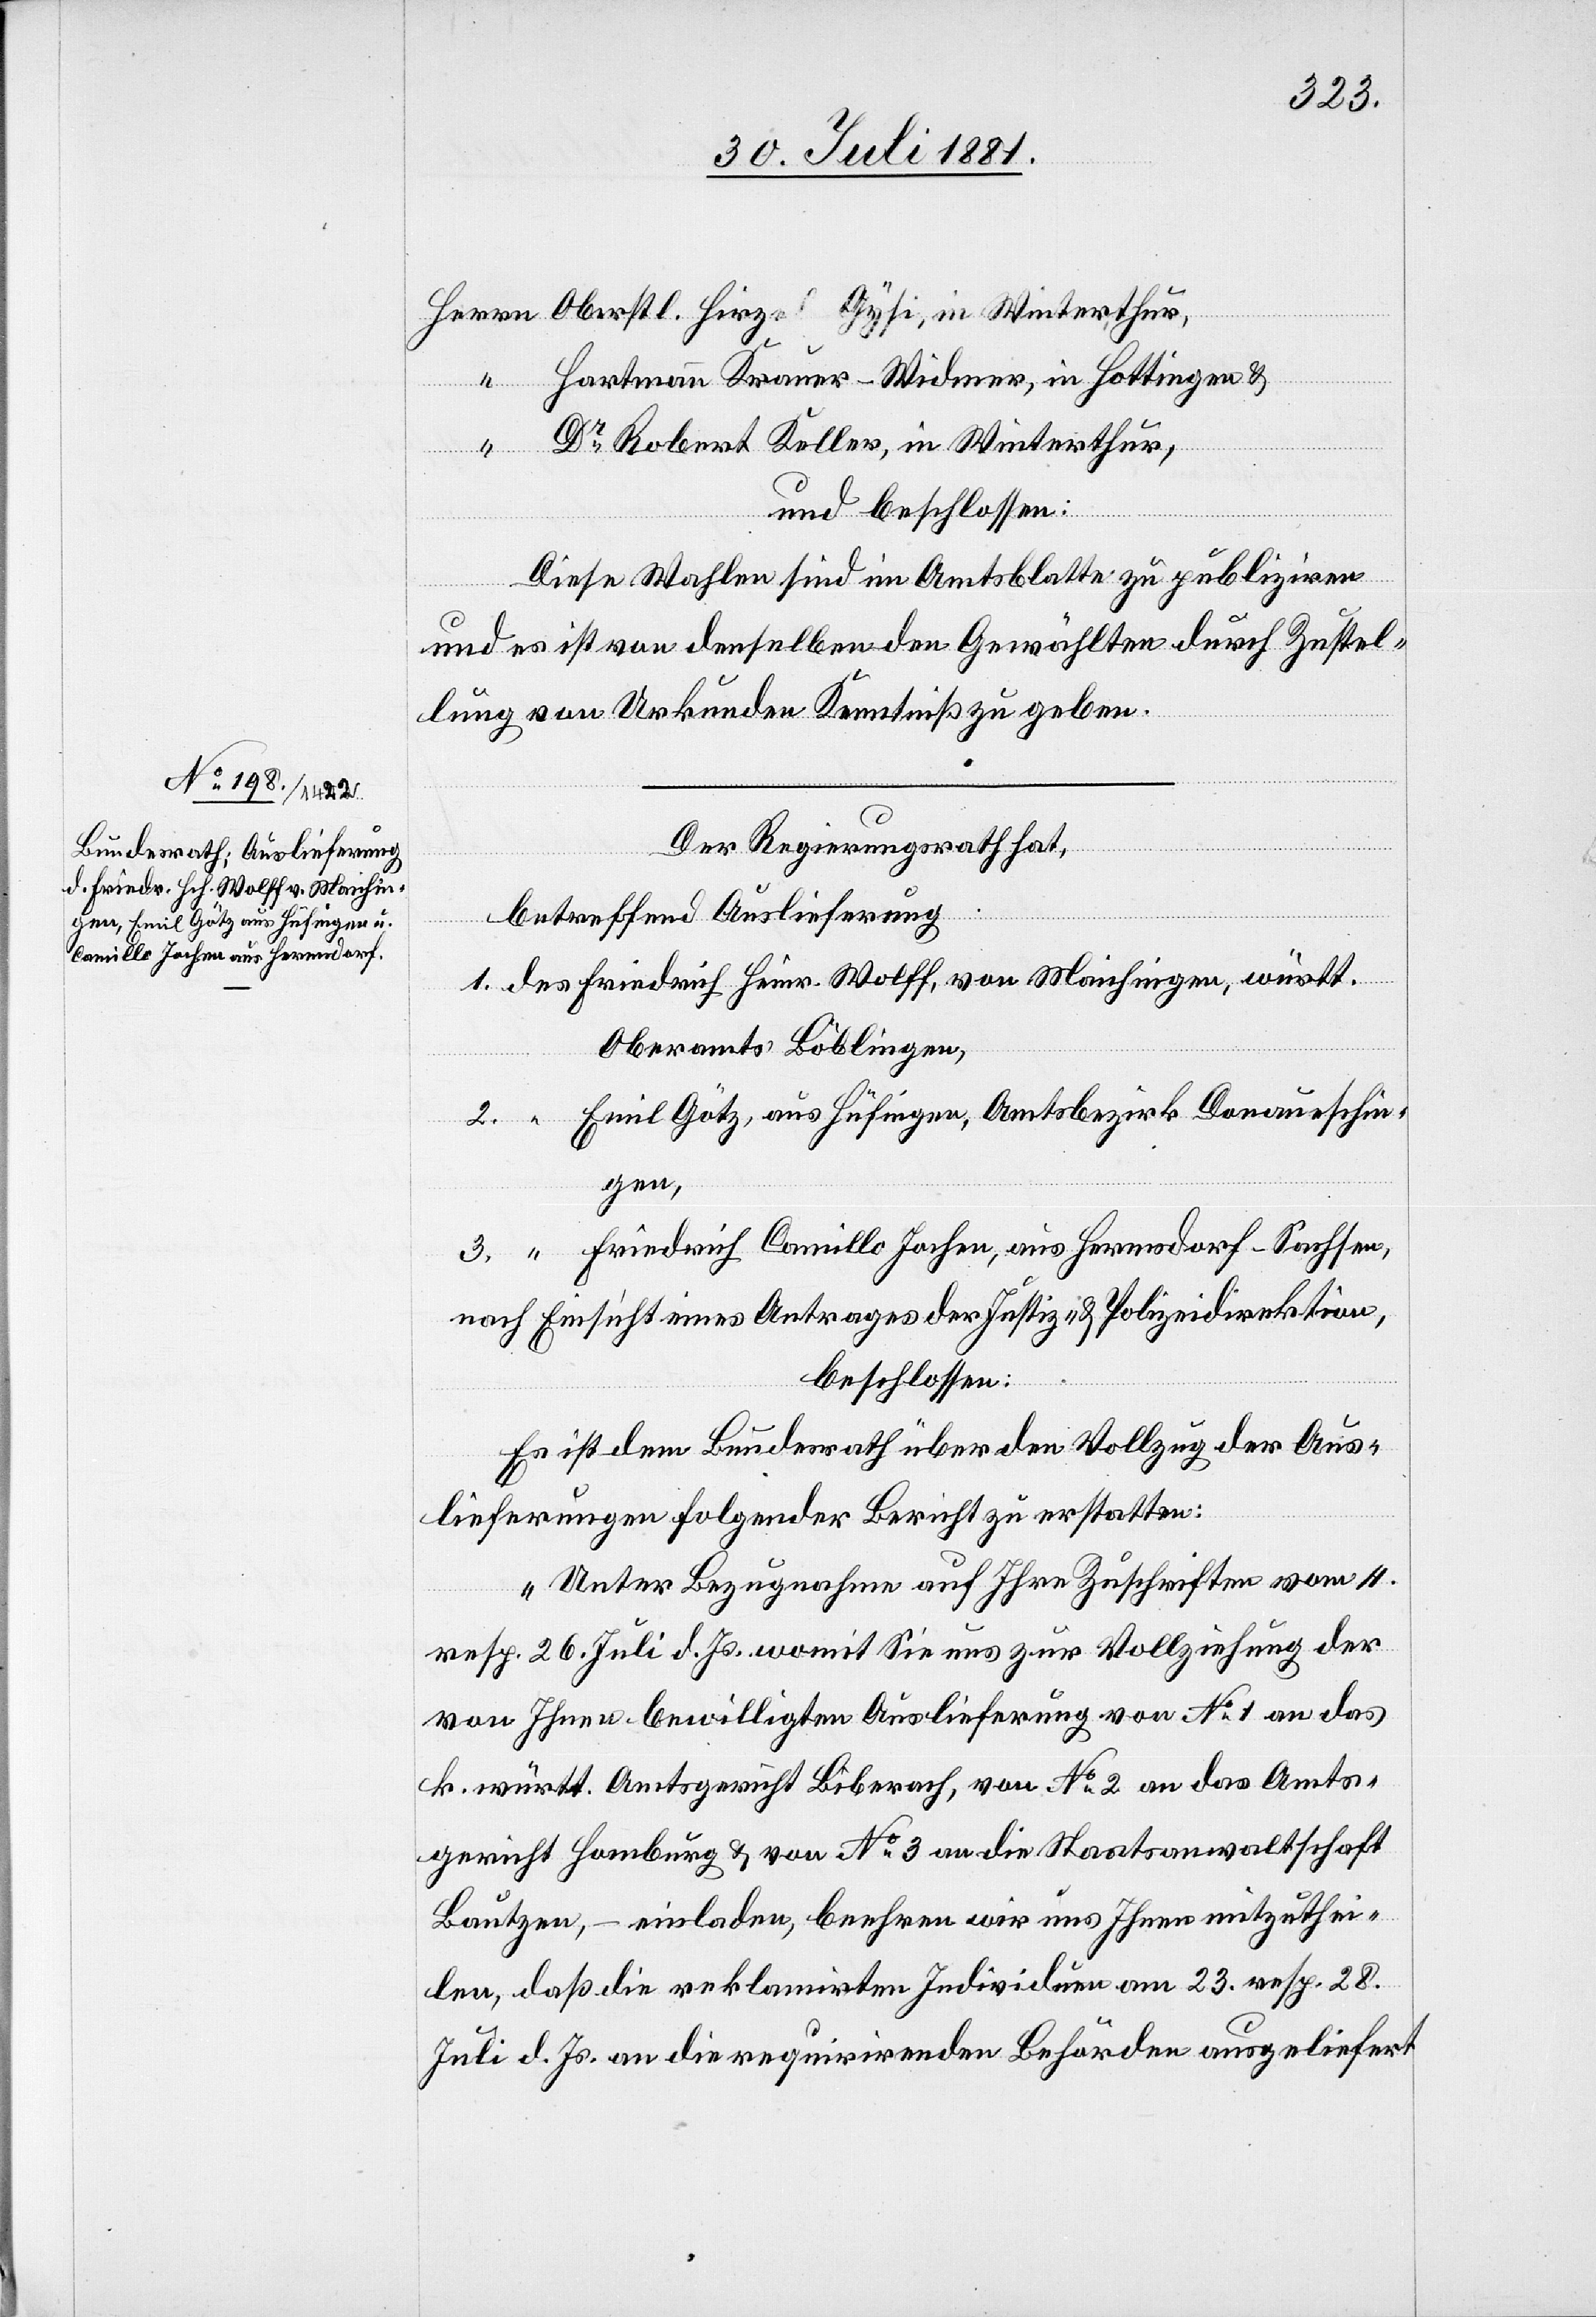
Hartmann Krauer-Widmer, in Hottingen &
Dr Robert Keller, in Winterthur,
und beschlossen:
Diese Wahlen sind im Amtsblatte zu publiziren
und es ist von denselben den Gewählten durch Zustel¬
lung von Urkunden Kenntniß zu geben.
Der Regierungsrath hat,
betreffend Auslieferung
Oberamtes Böblingen,
Emil Götz, aus Hüfingen, Amtsbezirk Donaueschin¬
württ.
gen,
Friedrich Camillo Jochen, aus Hermsdorf - Sachsen,
nach Einsicht eines Antrages der Justiz- & Polizeidirektion,
beschlossen:
Es ist dem Bundesrath über den Vollzug der Aus¬
lieferungen folgender Bericht zu erstatten:
„Unter Bezugnahme auf Ihre Zuschriften vom 4.
resp. 26. Juli d. Js. womit Sie uns zur Vollziehung der
von Ihnen bewilligten Auslieferung von No 1 an das
k. württ. Amtsgericht Biberach, von No 2 an das Amts¬
gericht Hamburg & von No 3 an die Staatsanwaltschaft
Bautzen, einladen, beehren wir uns Ihnen mitzuthei¬
len, daß die reklamirten Individuen am 23. resp. 28.
Juli d. Js. an die requirirenden Behörden ausgeliefert